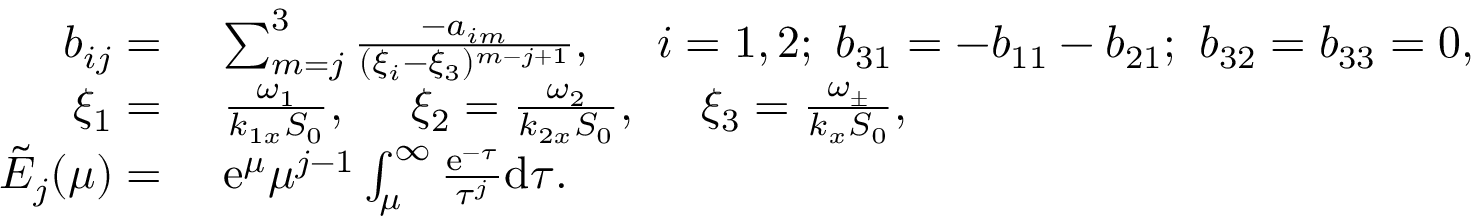
\begin{array} { r l } { b _ { i j } = ~ } & { \sum _ { m = j } ^ { 3 } \frac { - a _ { i m } } { ( \xi _ { i } - \xi _ { 3 } ) ^ { m - j + 1 } } , ~ ~ ~ ~ i = 1 , 2 ; ~ b _ { 3 1 } = - b _ { 1 1 } - b _ { 2 1 } ; ~ b _ { 3 2 } = b _ { 3 3 } = 0 , } \\ { \xi _ { 1 } = ~ } & { \frac { \omega _ { 1 } } { k _ { 1 x } S _ { 0 } } , ~ ~ ~ ~ \xi _ { 2 } = \frac { \omega _ { 2 } } { k _ { 2 x } S _ { 0 } } , ~ ~ ~ ~ \xi _ { 3 } = \frac { \omega _ { \pm } } { k _ { x } S _ { 0 } } , } \\ { \tilde { E } _ { j } ( \mu ) = ~ } & { \mathrm { e } ^ { \mu } \mu ^ { j - 1 } \int _ { \mu } ^ { \infty } \frac { \mathrm { e } ^ { - \tau } } { \tau ^ { j } } \mathrm { d } \tau . } \end{array}